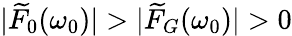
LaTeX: |\widetilde{F}_{0}(\omega_{0})|>|\widetilde{F}_{G}(\omega_{0})|>0